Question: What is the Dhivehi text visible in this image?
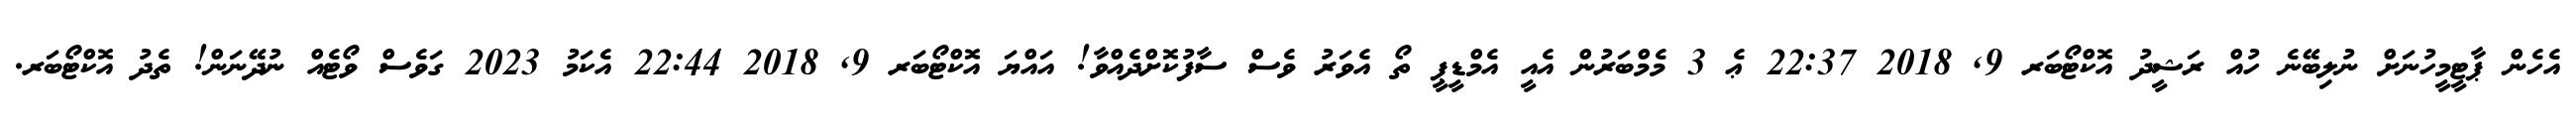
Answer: އެހެން ޕާޓީމީހުނަށް ނުލިބޭނެ ހުއް ރަޝީދު އޮކްޓޯބަރ 9, 2018 22:37 ޢެ 3 މެމްބަރުން އެއީ އެމްޑީޕީ ތޯ އެވަރު ވެސް ސާފުކޮށްދެއްވާ! އައްޔަ އޮކްޓޯބަރ 9, 2018 22:44 އެކަމު 2023 ގަވެސް ވޯޓެއް ނުދޭނަން! ތެދު އޮކްޓޯބަރ.